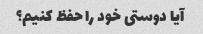
آیا دوستی خود را حفظ کنیم؟